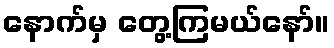
နောက်မှ တွေ့ကြမယ်နော်။